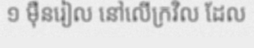
១ ម៉ឺនរៀល នៅលើក្រវិល ដែល